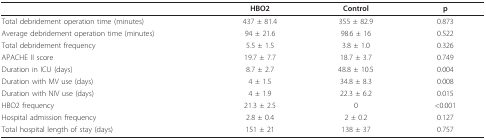
<table><thead><tr><td></td><td><b>HBO2</b></td><td><b>Control</b></td><td><b>p</b></td></tr></thead><tbody><tr><td>Total debridement operation time (minutes)</td><td>437 ± 81.4</td><td>355 ± 82.9</td><td>0.873</td></tr><tr><td>Average debridement operation time (minutes)</td><td>94 ± 21.6</td><td>98.6 ± 16</td><td>0.522</td></tr><tr><td>Total debridement frequency</td><td>5.5 ± 1.5</td><td>3.8 ± 1.0</td><td>0.326</td></tr><tr><td>APACHE II score</td><td>19.7 ± 7.7</td><td>18.7 ± 3.7</td><td>0.749</td></tr><tr><td>Duration in ICU (days)</td><td>8.7 ± 2.7</td><td>48.8 ± 10.5</td><td>0.004</td></tr><tr><td>Duration with MV use (days)</td><td>4 ± 1.5</td><td>34.8 ± 8.3</td><td>0.008</td></tr><tr><td>Duration with NIV use (days)</td><td>4 ± 1.9</td><td>22.3 ± 6.2</td><td>0.015</td></tr><tr><td>HBO2 frequency</td><td>21.3 ± 2.5</td><td>0</td><td>&lt;0.001</td></tr><tr><td>Hospital admission frequency</td><td>2.8 ± 0.4</td><td>2 ± 0.2</td><td>0.127</td></tr><tr><td>Total hospital length of stay (days)</td><td>151 ± 21</td><td>138 ± 37</td><td>0.757</td></tr></tbody></table>